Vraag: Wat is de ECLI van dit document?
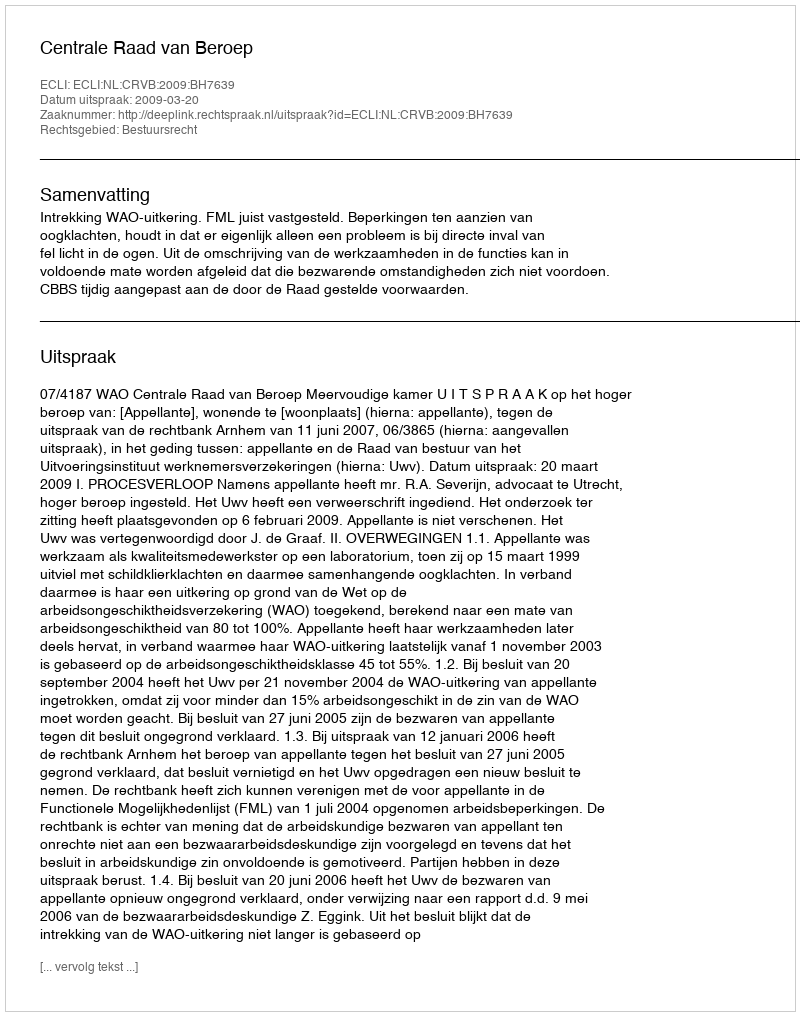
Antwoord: ECLI:NL:CRVB:2009:BH7639